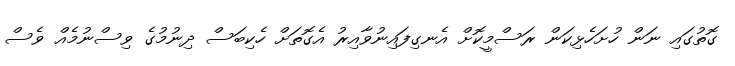
ގޮތުގައި ނަން ހުށަހެޅިކަން ރަސްމީކޮށް އެނގިފައިނުވާއިރު އެގޮތަށް ހެކިބަސް ދިނުމުގެ ވިސްނުމެއް ވެސް